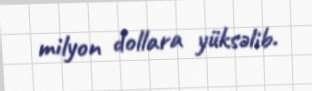
milyon dollara yüksəlib.